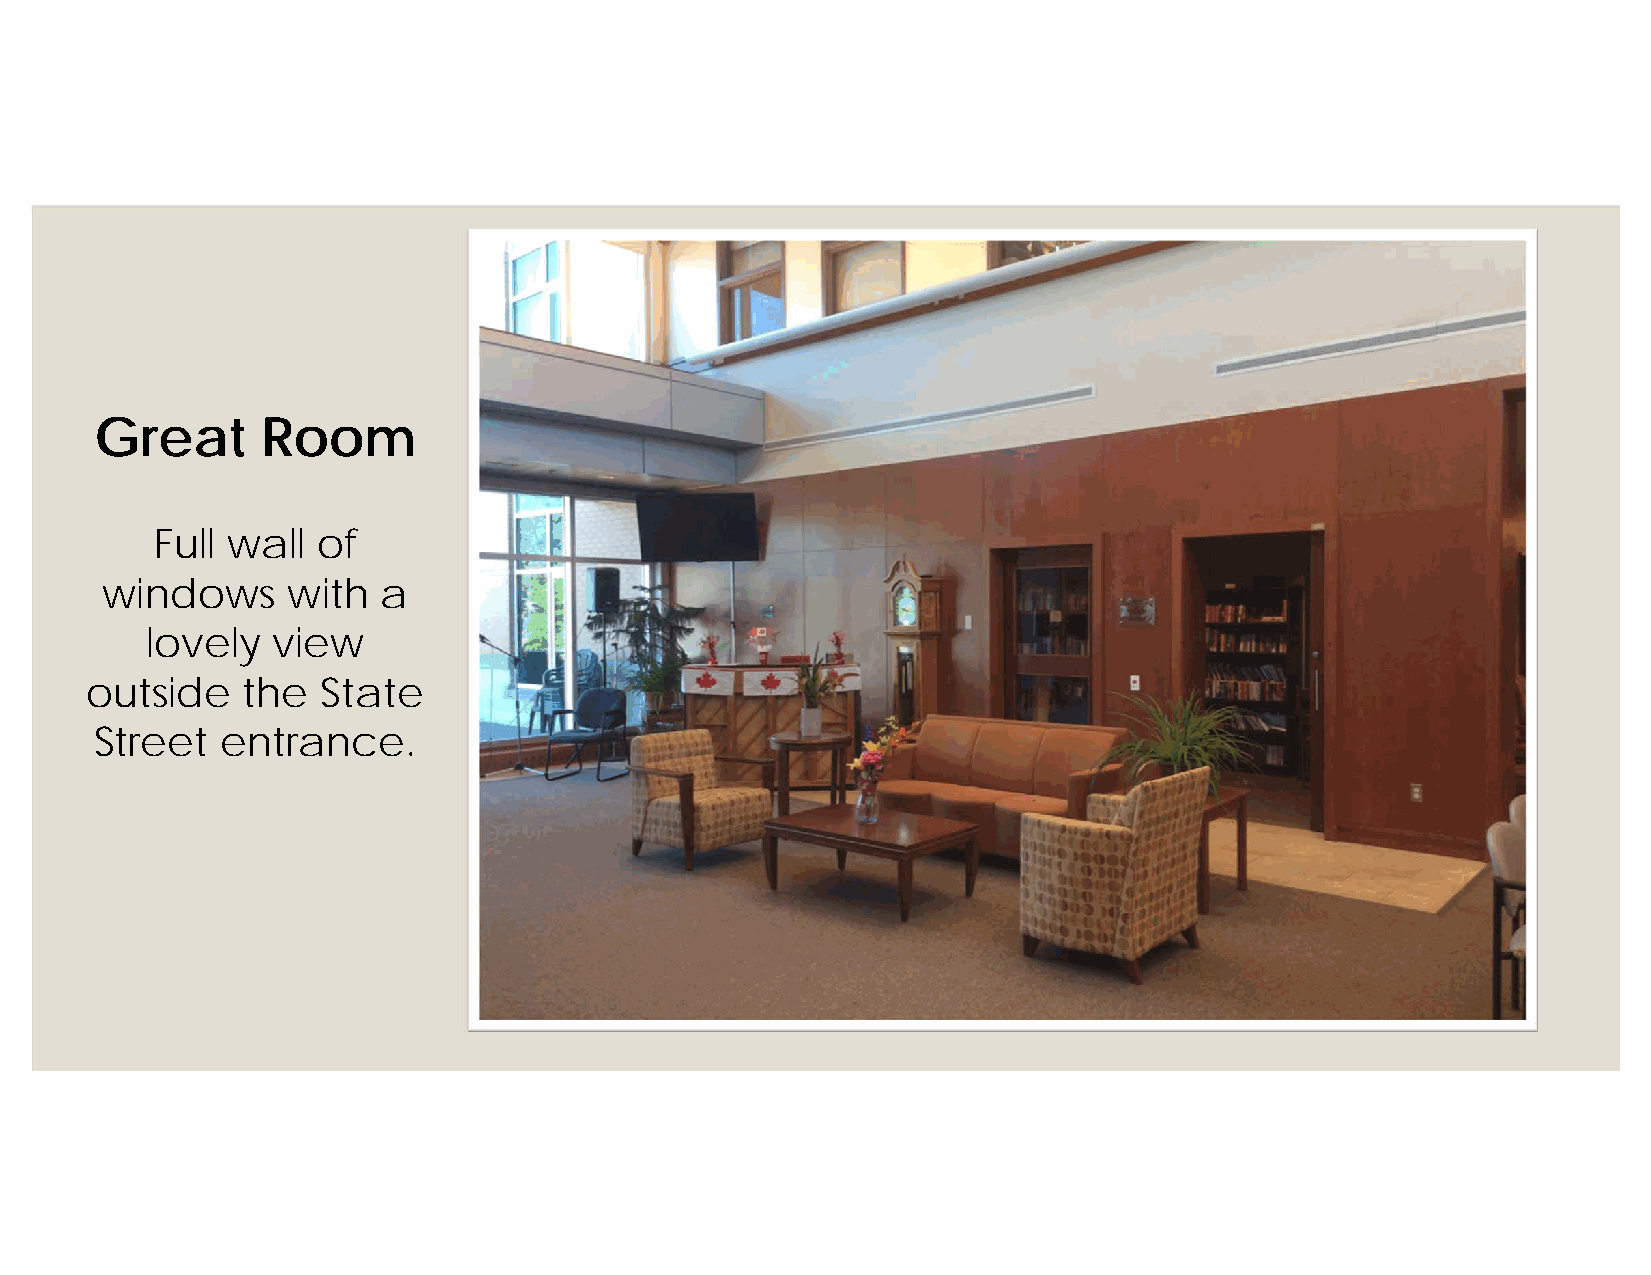
Great      Room
 Full wall  of
 windows     with  a
 lovely  view
 outside   the  State
 Street   entrance.